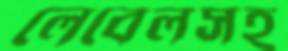
লেবেলসহ